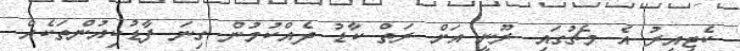
ކެޓިއިރު އެ މެޗުގައި ރޫނީ އަށް ރަތް ކާޑު ދެއްކުމުން ގިނަ ފާޑުކިއުންތަކެއް